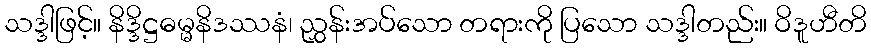
သဒ္ဒါဖြင့်။ နိဒ္ဒိဋ္ဌဓမ္မနိဒဿနံ၊ ညွှန်းအပ်သော တရားကို ပြသော သဒ္ဒါတည်း။ ဝိဒူဟီတိ